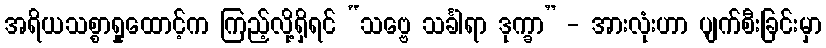
အရိယသစ္စာရှုထောင့်က ကြည့်လို့ရှိရင် “သဗ္ဗေ သင်္ခါရာ ဒုက္ခာ” - အားလုံးဟာ ပျက်စီးခြင်းမှာ